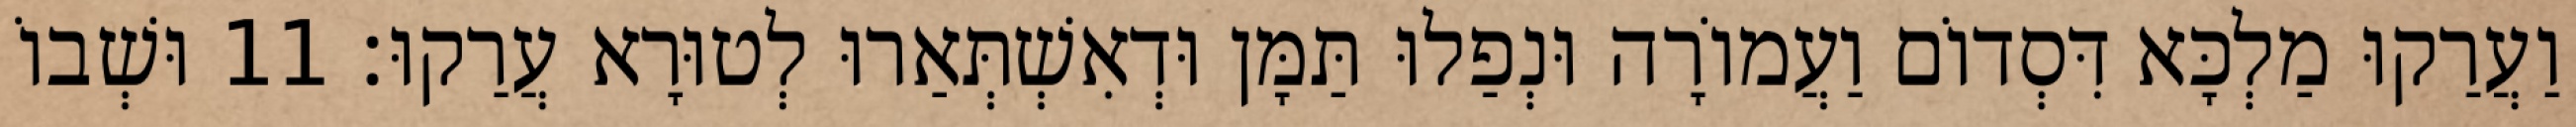
וַעֲרַקוּ מַלְכָּא דִּסְדוֹם וַעֲמוֹרָה וּנְפַלוּ תַּמָּן וּדְאִשְׁתְּאַרוּ לְטוּרָא עֲרַקוּ׃ 11 וּשְׁבוֹ